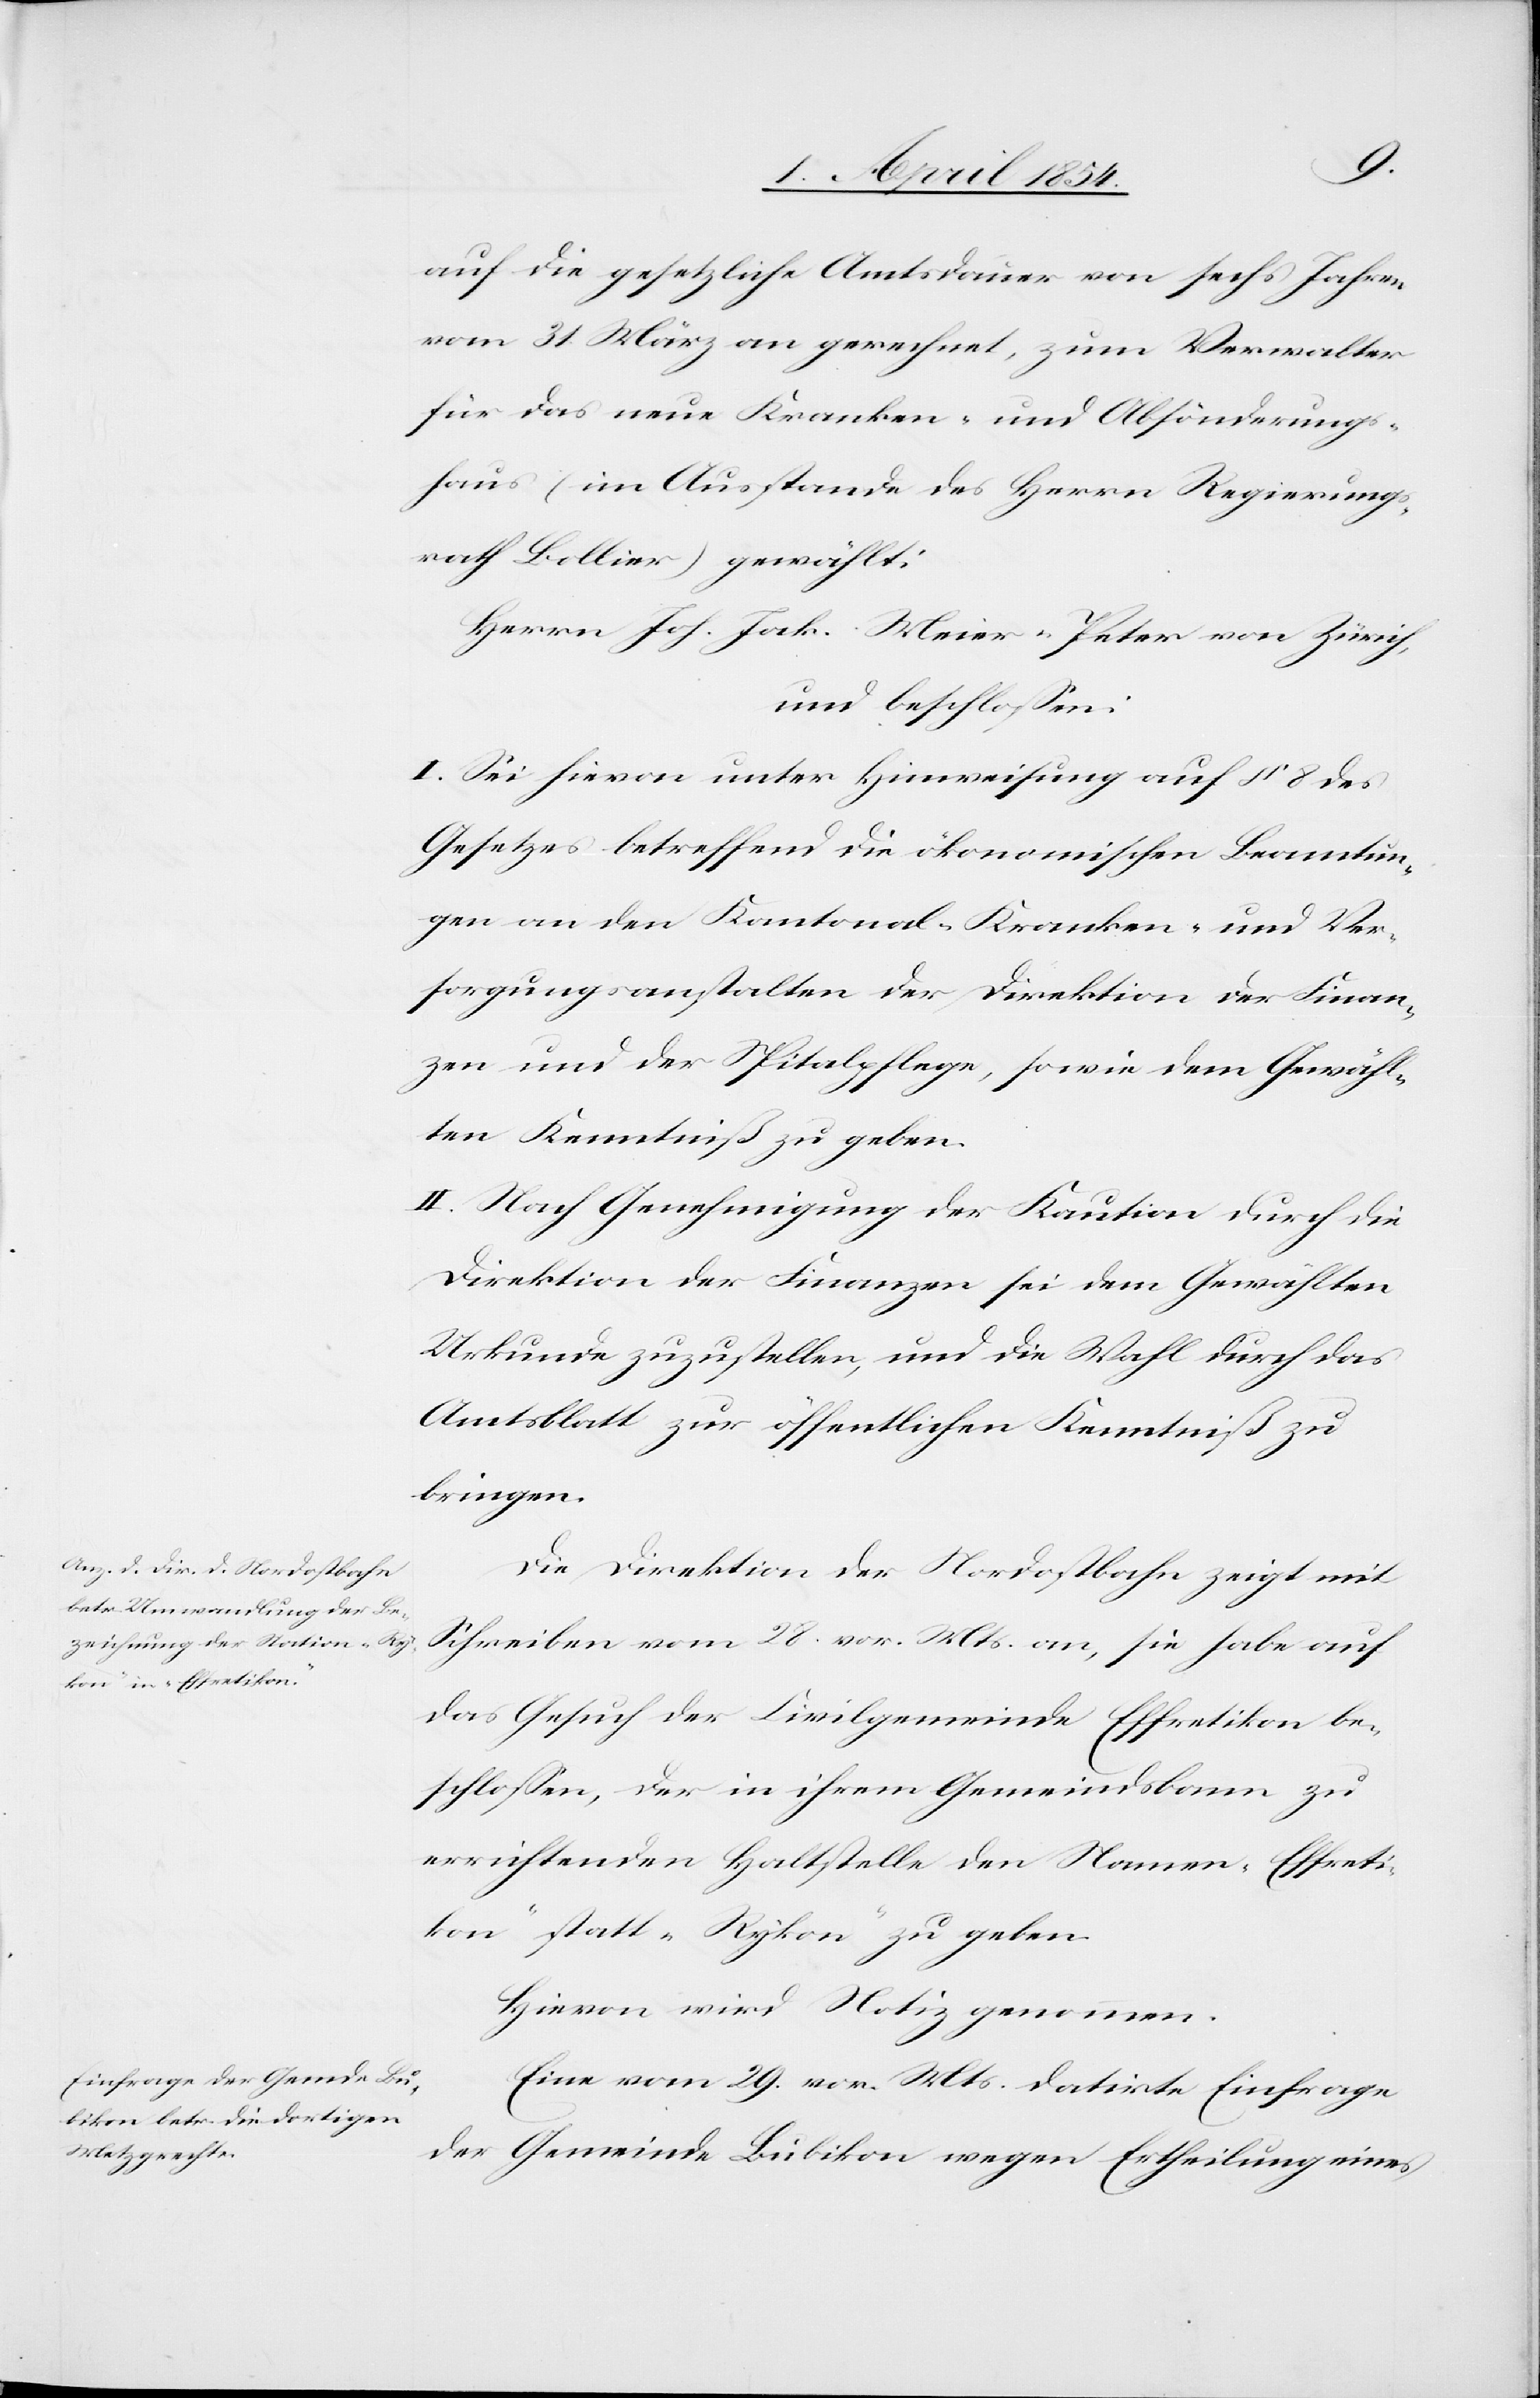
auf die gesetzliche Amtsdauer von sechs Jahren
vom 31. März an gerechnet, zum Verwalter
für das neue Kranken- und Absönderungs¬
haus (im Ausstande des Herrn Regierungs¬
rath Bollier) gewählt:
Herrn Joh. Jak. Meier-Peter von Zürich,
und beschloßen:
I. Sei hievon unter Hinweisung auf § 8 des
Gesetzes betreffend die ökonomischen Beamtun¬
gen an den Kantonal-Kranken- und Ver¬
sorgungsanstalten der Direktion der Finan¬
zen und der Spitalpflege, sowie dem Gewähl¬
ten Kenntniß zu geben.
II. Nach Genehmigung der Kaution durch die
Direktion der Finanzen sei dem gewählten
Urkunde zuzustellen, und die Wahl durch das
Amtsblatt zur öffentlichen Kenntniß zu
bringen.
Die Direktion der Nordostbahn zeigt mit
Schreiben vom 28. vor. Mts. an, sie habe auf
das Gesuch der Civilgemeinde Effretikon be¬
schloßen, der in ihrem Gemeindsbann
errichtenden Haltstelle den Namen „Effreti¬
kon“ statt „Rykon“ zu geben.
Eine vom 29. vor. Mts. datirte Einfrage
der Gemeinde Bubikon wegen Ertheilung eines